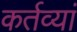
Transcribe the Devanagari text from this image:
कर्तव्यां